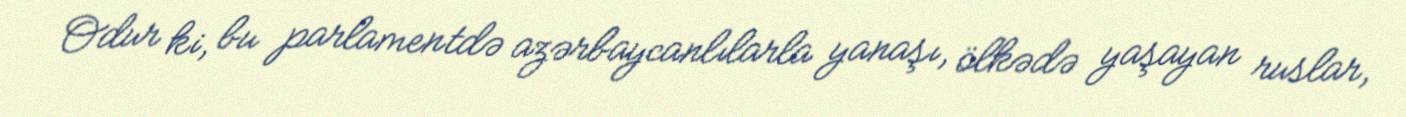
Odur ki, bu parlamentdə azərbaycanlılarla yanaşı, ölkədə yaşayan ruslar,